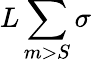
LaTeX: L\sum\limits_{m>S}\sigma